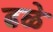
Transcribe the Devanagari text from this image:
ढळे